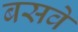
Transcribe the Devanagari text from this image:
बसवे